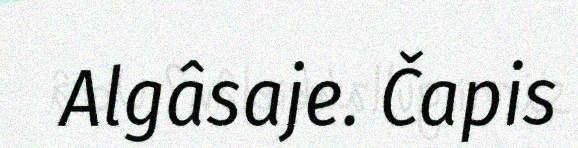
Algâsaje. Čapis